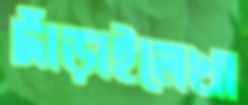
দাঁড়াইলেখা